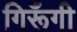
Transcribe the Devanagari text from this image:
गिरूँगी